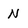
Character: N